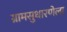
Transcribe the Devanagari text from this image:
ग्रामसुधारणेला